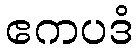
ဧကပဒံ